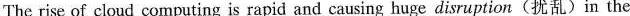
The rise of cloud computing is rapid and causing huge disruption(扰乱)in the